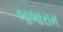
ભાભારામ